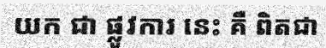
យក ជា ផ្លូវការ នេះ គឺ ពិតជា